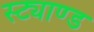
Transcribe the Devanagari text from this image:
स्ट्याण्ड